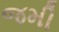
જમી